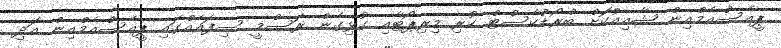
ޕީއެސްއެމްއިން ޝާއިއުކޮށް ބްރޯޑްކާސްޓް ކުރި މިރިޕޯޓާއި ގުޅިގެން ރަސްމީ ސިފައެއްގައި ޕީއެސްއެމްއިން އަދި